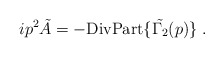
\begin{align*}ip^2 \tilde A = -\mbox{DivPart} \{ \tilde{\Gamma_2} (p)\}\; .\end{align*}